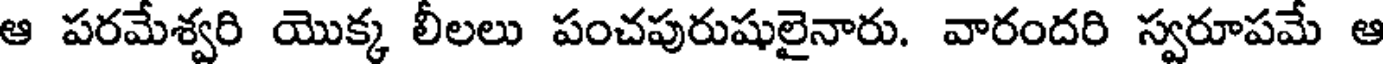
ఆ పరమేశ్వరి యొక్క లీలలు పంచపురుషులైనారు. వారందరి స్వరూపమే ఆ